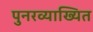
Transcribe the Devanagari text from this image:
पुनरव्याख्यित